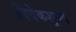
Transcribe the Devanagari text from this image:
विवेकशूण्य